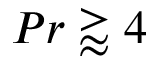
P r \gtrapprox 4